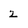
Character: 2